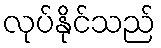
လုပ်နိုင်သည်